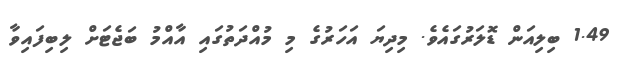
1.49 ބިލިއަން ޑޮލަރުގައެވެ. މިދިޔަ އަހަރުގެ މި މުއްދަތުގައި އާއްމު ބަޖެޓަށް ލިބިފައިވާ